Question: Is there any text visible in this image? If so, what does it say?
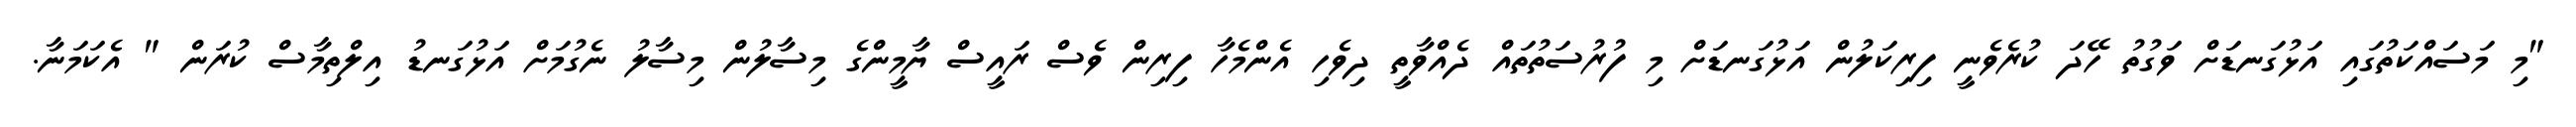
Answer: "މި މަސައްކަތުގައި އަޅުގަނޑަށް ވަގުތު ހޭދަ ކުރެވެނީ ފިރިކަލުން އަޅުގަނޑަށް މި ފުރުސަތުތައް ދެއްވާތީ ދިވެހި އެންމެހާ ފިރިން ވެސް ރައީސް ޔާމީންގެ މިސާލުން މިސާލު ނެގުމަށް އަޅުގަނޑު އިލްތިމާސް ކުރަން " އެކަމަނާ.